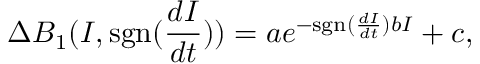
\Delta { B _ { 1 } } ( I , \mathrm { s g n } ( \frac { d I } { d t } ) ) = a e ^ { - \mathrm { s g n } ( \frac { d I } { d t } ) b I } + c ,